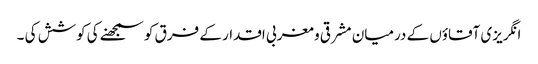
انگریزی آقاؤں کے درمیان مشرقی و مغربی اقدار کے فرق کو سمجھنے کی کوشش کی ۔